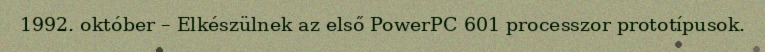
1992. október – Elkészülnek az első PowerPC 601 processzor prototípusok.